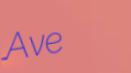
Ave